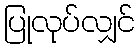
ပြုလုပ်လျှင်